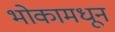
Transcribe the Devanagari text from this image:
भोकामधून